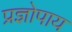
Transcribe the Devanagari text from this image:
प्रज्ञोपाय